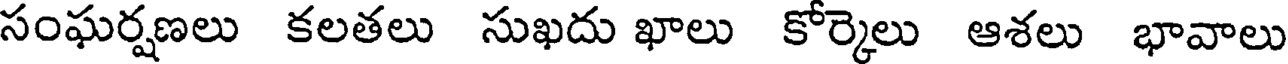
సంఘర్షణలు కలతలు సుఖదు ఖాలు కోర్కెలు ఆశలు భావాలు